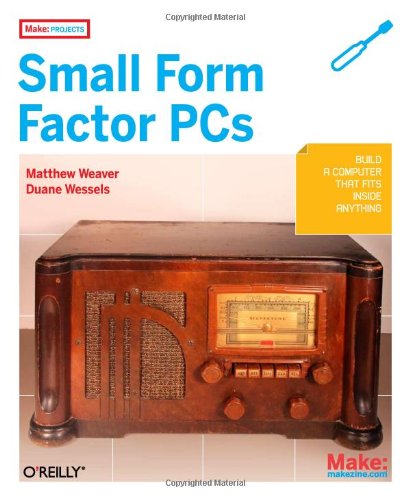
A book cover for Make Projects: Small Form Factor PCs; Duane Wessels; Computers & Technology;